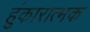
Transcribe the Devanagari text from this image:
हुंकारात्मक